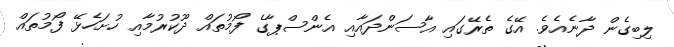
ލިބިގެން ދާނެއެވެ. އޭގެ ތެރޭގައި އާސަންދައާއި އެންސްޕާގެ ފޯމުތައް ދޫކުރުމާއި ހުށަހެޅޭ ފޯމުތައް